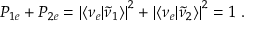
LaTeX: P _ { 1 e } + P _ { 2 e } = \left| \langle \nu _ { e } | \tilde { \nu } _ { 1 } \rangle \right| ^ { 2 } + \left| \langle \nu _ { e } | \tilde { \nu } _ { 2 } \rangle \right| ^ { 2 } = 1 \ .